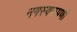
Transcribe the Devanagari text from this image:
नगस्वरूपणी